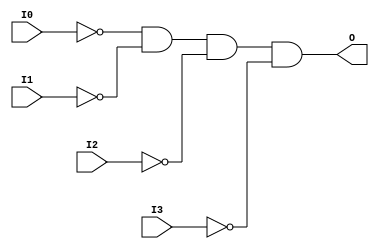
// This program was cloned from: https://github.com/jhshi/openofdm
// License: Apache License 2.0

// $Header: /devl/xcs/repo/env/Databases/CAEInterfaces/verunilibs/data/unisims/AND4B4.v,v 1.6 2007/05/23 21:43:33 patrickp Exp $
///////////////////////////////////////////////////////////////////////////////
// Copyright (c) 1995/2004 Xilinx, Inc.
// All Right Reserved.
///////////////////////////////////////////////////////////////////////////////
//   ____  ____
//  /   /\/   /
// /___/  \  /    Vendor : Xilinx
// \   \   \/     Version : 10.1
//  \   \         Description : Xilinx Functional Simulation Library Component
//  /   /                  4-input AND Gate
// /___/   /\     Filename : AND4B4.v
// \   \  /  \    Timestamp : Thu Mar 25 16:42:12 PST 2004
//  \___\/\___\
//
// Revision:
//    03/23/04 - Initial version.
//    05/23/07 - Changed timescale to 1 ps / 1 ps.
//    05/23/07 - Added wire declaration for internal signals.

`timescale  1 ps / 1 ps


module AND4B4 (O, I0, I1, I2, I3);

    output O;

    input  I0, I1, I2, I3;

    wire i0_inv;
    wire i1_inv;
    wire i2_inv;
    wire i3_inv;

    not N3 (i3_inv, I3);
    not N2 (i2_inv, I2);
    not N1 (i1_inv, I1);
    not N0 (i0_inv, I0);
    and A1 (O, i0_inv, i1_inv, i2_inv, i3_inv);


endmodule